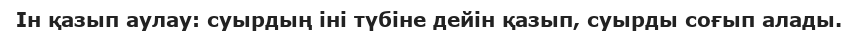
Ін қазып аулау: суырдың іні түбіне дейін қазып, суырды соғып алады.